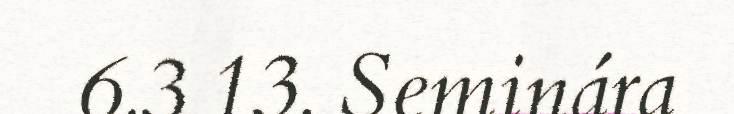
6.3.13. Seminára